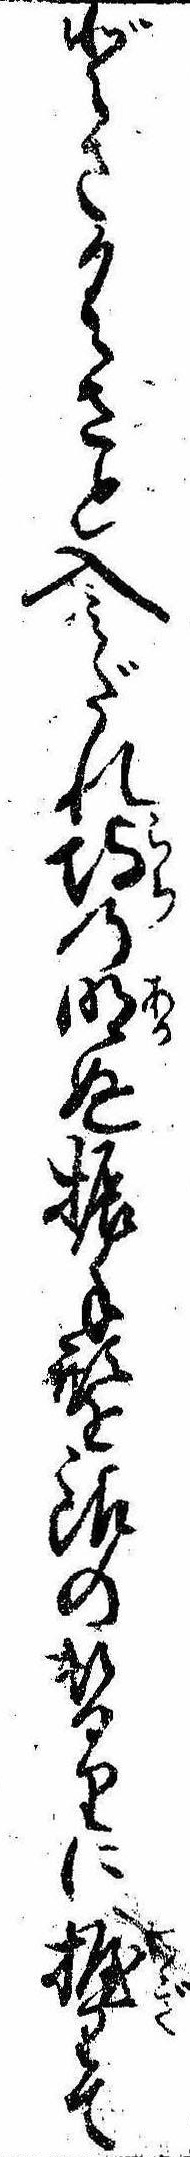
どさくさと入みだれ埒の明ぬ振手形を銀の替りに握りて